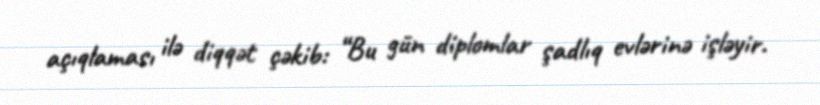
açıqlaması ilə diqqət çəkib: “Bu gün diplomlar şadlıq evlərinə işləyir.